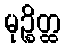
မုဉ္စိတ္ထ